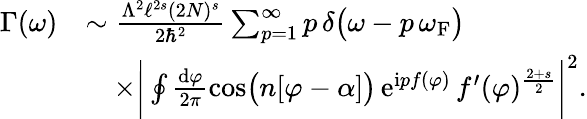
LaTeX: \begin{array}{rl}{\Gamma(\omega)}&{\sim\frac{\Lambda^{2}\ell^{2s}(2N)^{s}}{2\hbar^{2}}\sum_{p=1}^{\infty}p\, \delta\big(\omega-p\, \omega_{\mathrm{F}}\big)}\\ &{\quad\times\bigg|\oint\frac{\mathrm{d}\varphi}{2\pi}\cos\bigl(n[\varphi-\alpha]\bigr)\, \mathrm{e}^{\mathrm{i}pf(\varphi)}\, f^{\prime}(\varphi)^{\frac{2+s}{2}}\bigg|^{2}.}\end{array}